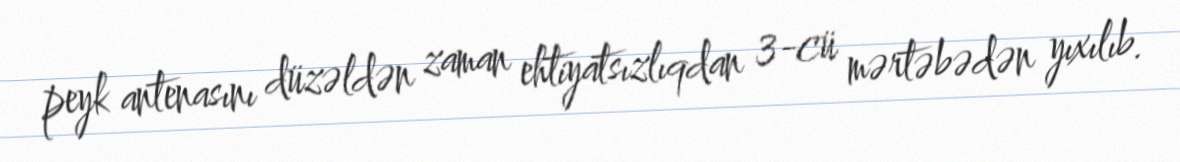
peyk antenasını düzəldən zaman ehtiyatsızlıqdan 3-cü mərtəbədən yıxılıb.